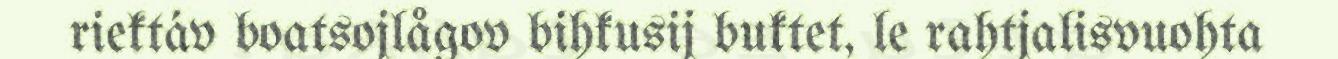
riektáv boatsojlågov bihkusij buktet, le rahtjalisvuohta